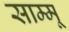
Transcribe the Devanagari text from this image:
साम्मू